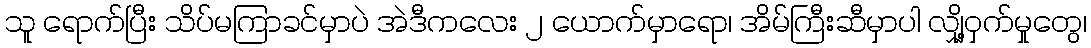
သူ ရောက်ပြီး သိပ်မကြာခင်မှာပဲ အဲဒီကလေး ၂ ယောက်မှာရော၊ အိမ်ကြီးဆီမှာပါ လျှို့ဝှက်မှုတွေ၊